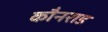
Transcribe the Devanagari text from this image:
कौनराड